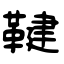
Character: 鞬